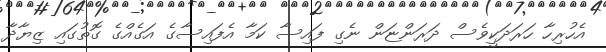
އެހުރިހާ ހަރަދަކީީވެސް ދަރަަންޏަން ނެގިި ފައިސާ ކަމާ އެފައިސާގެ އަގެއްގެ ގޮތުގައި ޒިޔާދާ